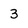
Character: 3